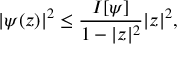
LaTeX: | \psi ( z ) | ^ { 2 } \leq { \frac { I [ \psi ] } { 1 - | z | ^ { 2 } } } | z | ^ { 2 } ,